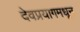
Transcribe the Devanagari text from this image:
देवप्रयागमधून